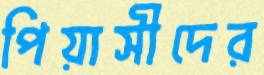
পিয়াসীদের